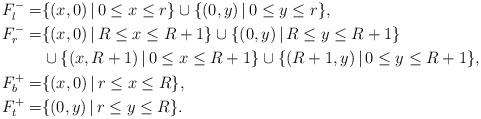
LaTeX: \begin{align*}F_l^-=& \{(x,0)\,|\, 0\le x\le r\}\cup\{(0,y)\,|\, 0\le y\le r\}, \\F_r^-=& \{(x,0)\,|\, R\le x\le R+1\}\cup\{(0,y)\,|\, R\le y\le R+1\} \\& \cup\{(x,R+1)\,|\, 0\le x\le R+1\}\cup\{(R+1,y)\,|\, 0\le y\le R+1\}, \\F_b^+=& \{(x,0)\,|\, r\le x\le R\}, \\F_t^+=& \{(0,y)\,|\,r\le y\le R\}.\end{align*}